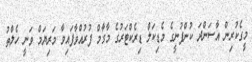
މީގެކުރިން އާސަންދަ ކުންފުނީގެ މެޑިކަލް ޑިރެކްޓަރުގެ މާގާމް ފުރުއްވާފައިވާ މަރިޔަމް ވަނީ ހެލްތު